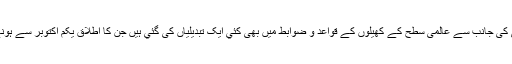
آئی سی سی کی جانب سے عالمی سطح کے کھیلوں کے قواعد و ضوابط میں بھی کئي ایک تبدیلیاں کی گئي ہیں جن کا اطلاق یکم اکتوبر سے ہونے والا ہے۔